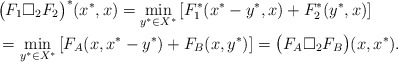
\begin{align*}&\big(F_1\Box_2F_2\big)^*(x^*,x)=\min_{y^*\in X^*}\left[F_1^*(x^*-y^*,x)+F_2^*(y^*,x)\right]\\&=\min_{y^*\in X^*}\left[F_A(x,x^*-y^*)+F_B(x,y^*)\right]=\big(F_A\Box_2F_B\big) (x,x^*).\end{align*}